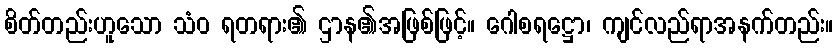
စိတ်တည်းဟူသော သံဝ ရတရား၏ ဌာန၏အဖြစ်ဖြင့်။ ဂေါစရဋ္ဌော၊ ကျင်လည်ရာအနက်တည်း။